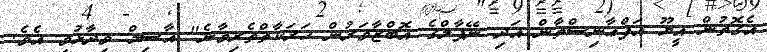
އެގޮތުން އީޔޫ އަފްޢާނިސްތާން އަދި ނޭޕާލްގެ އޮބްޒާވަރުން ހަރަކާތްތެރިވާނެ" އާސިމް ވިދާޅުވި އެވެ.